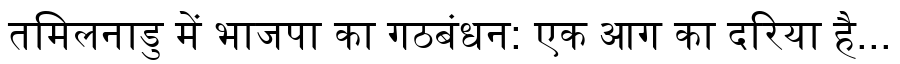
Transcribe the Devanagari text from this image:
तमिलनाडु में भाजपा का गठबंधन: एक आग का दरिया है...